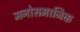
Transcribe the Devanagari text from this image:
मनोसमाजिक